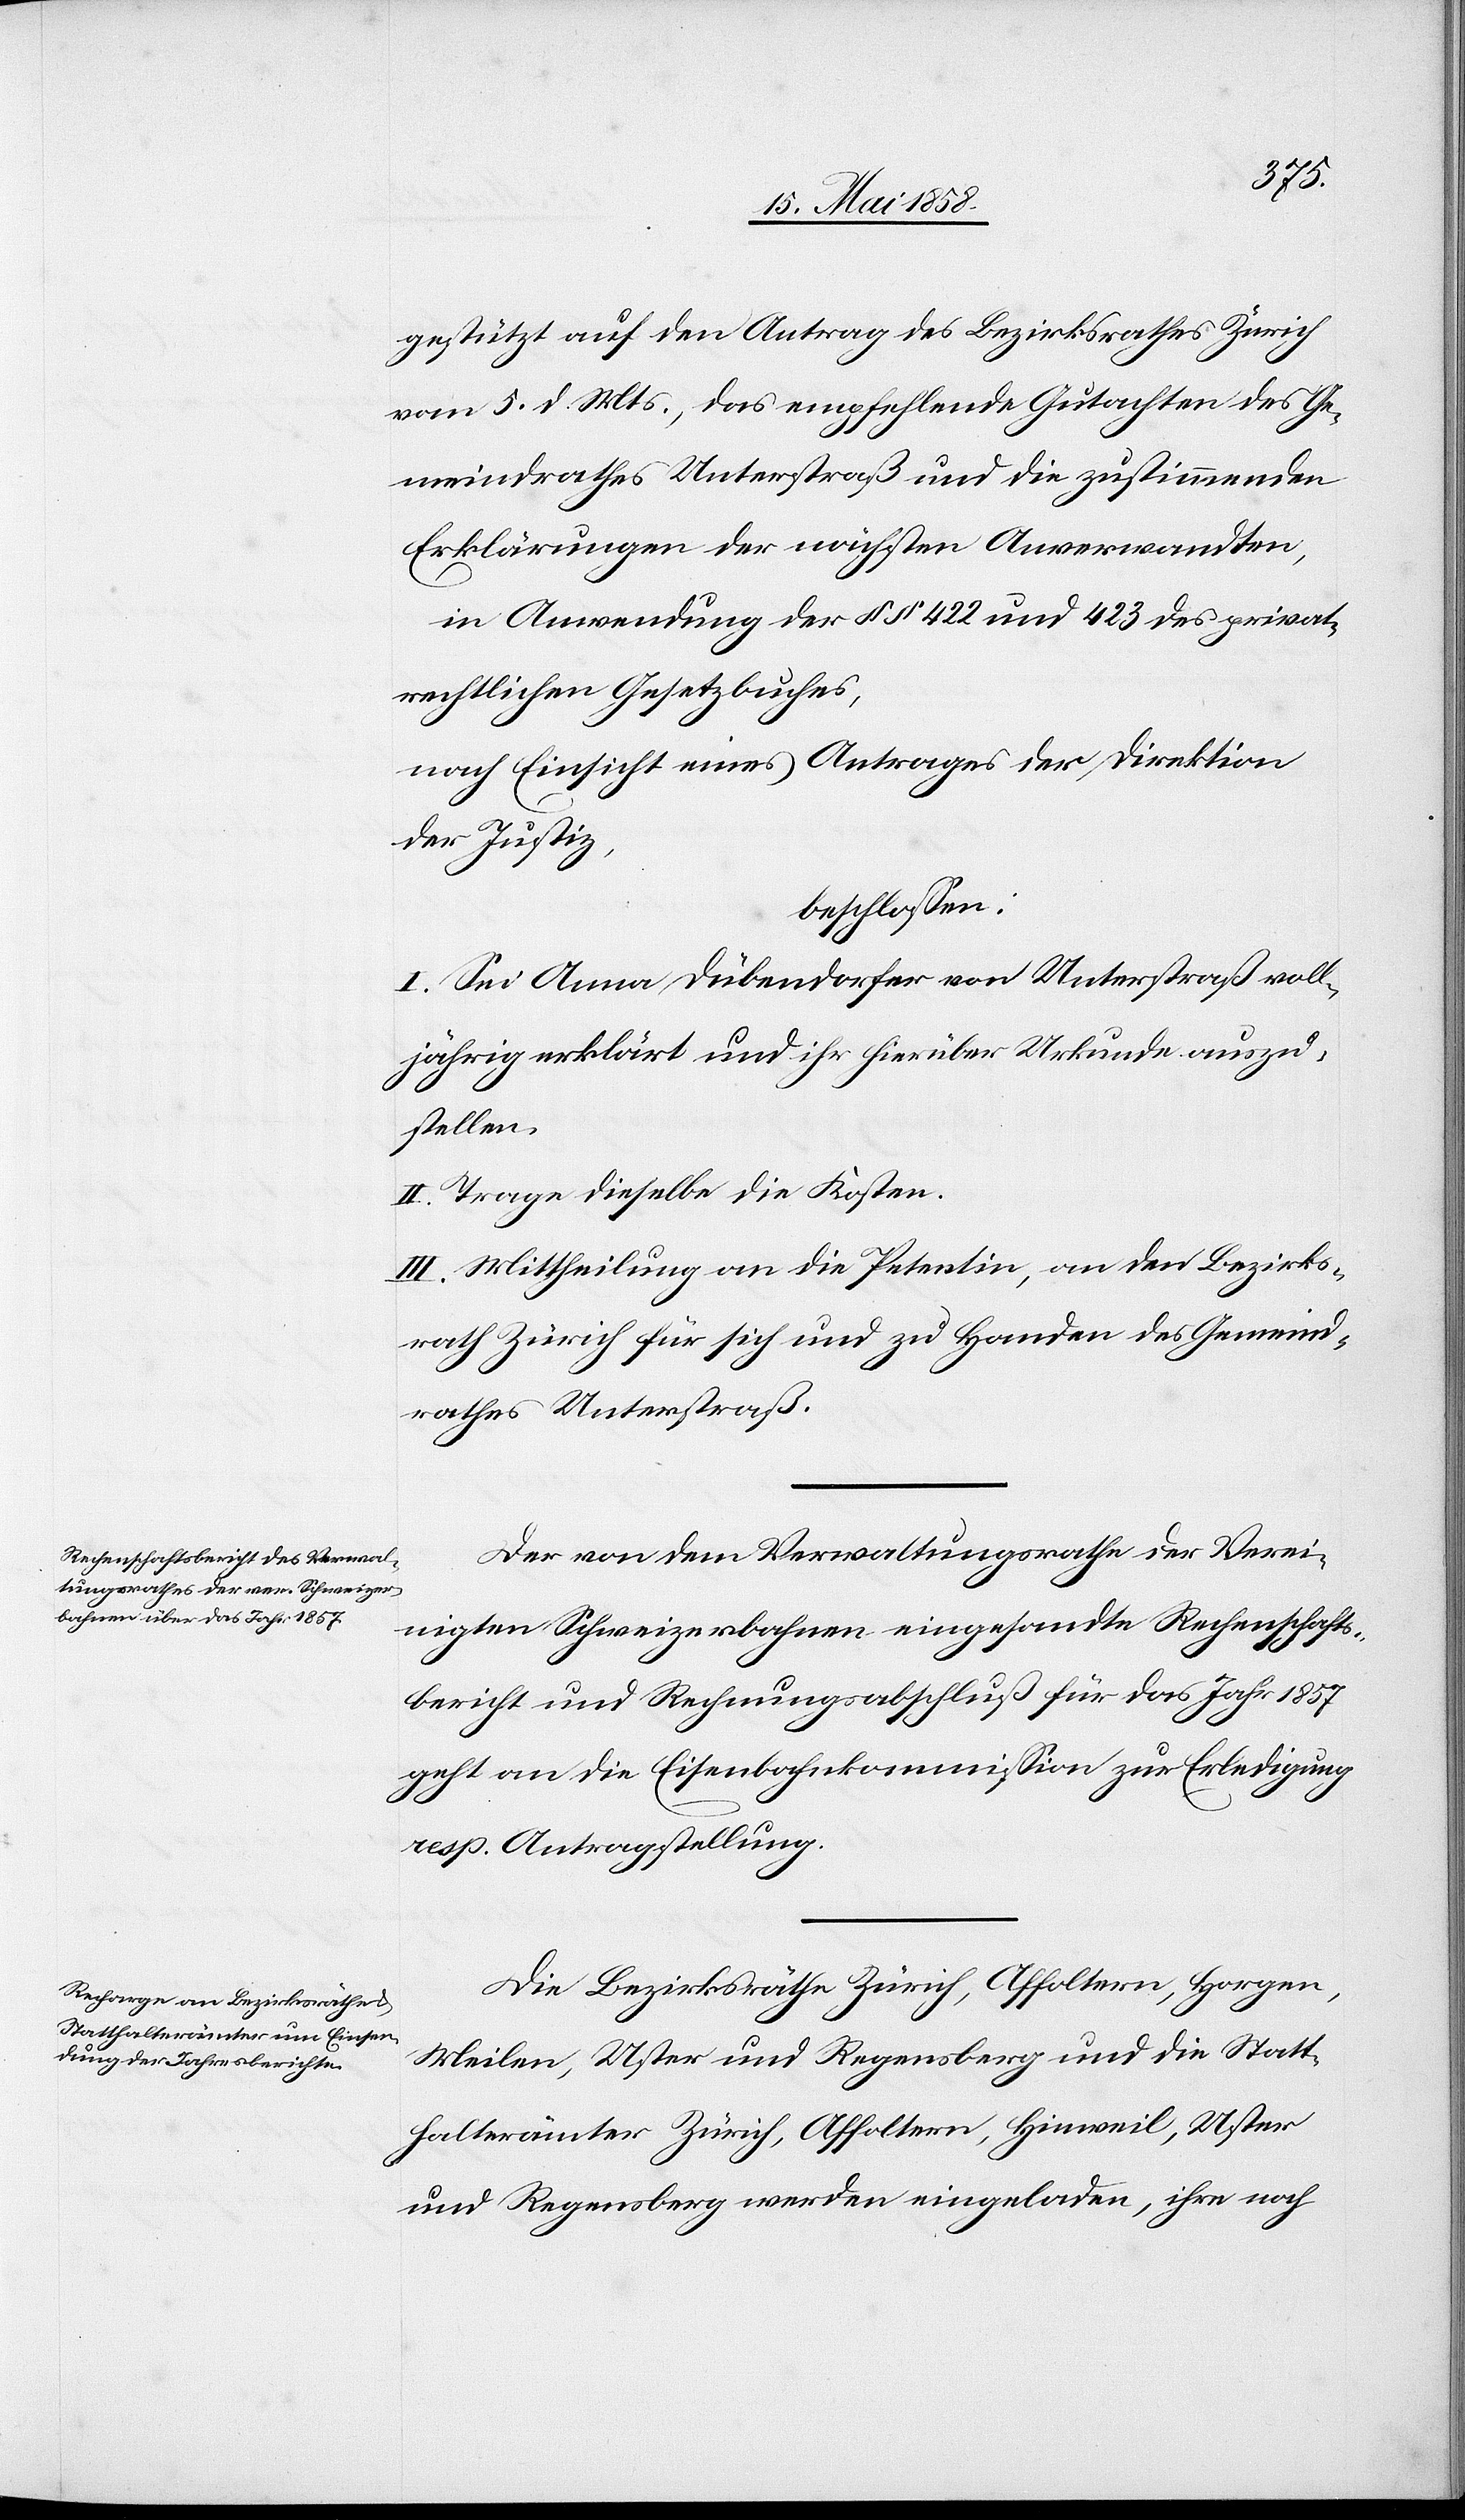
gestützt auf den Antrag des Bezirksrathes Zürich
vom 5. d. Mts., das empfehlende Gutachten des Ge¬
meindrathes Unterstraß und die zustimmenden
Erklärungen der nächsten Anverwandten,
in Anwendung der §§ 422 und 423 des privat¬
rechtlichen Gesetzbuches,
nach Einsicht eines Antrages der Direktion
der Justiz,
beschlossen:
I. Sei Anna Dübendorfer von Unterstraß voll¬
jährig erklärt und ihr hierüber Urkunde auszu¬
stellen.
II. Trage dieselbe die Kosten.
II. Mittheilung an die Petentin, an den Bezirks¬
rath Zürich für sich und zu Handen des Gemeind¬
rathes Unterstraß.
Der von dem Verwaltungsrathe der Verei¬
nigten Schweizerbahnen eingesandte Rechenschafts¬
bericht und Rechnungsabschluß für das Jahr 1857
geht an die Eisenbahnkommission zur Erledigung
resp. Antragstellung.
Die Bezirksräthe Zürich, Affoltern, Horgen,
Meilen, Uster und Regensberg und die Statt¬
halterämter Zürich, Affoltern, Hinweil, Uster
und Regensberg werden eingeladen, ihre noch